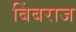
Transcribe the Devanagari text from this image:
बिंबराज